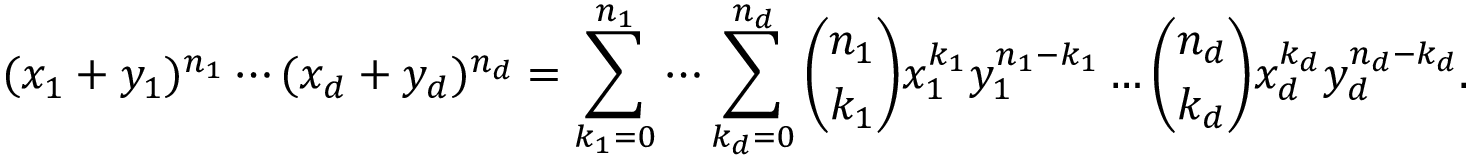
( x _ { 1 } + y _ { 1 } ) ^ { n _ { 1 } } \dotsm ( x _ { d } + y _ { d } ) ^ { n _ { d } } = \sum _ { k _ { 1 } = 0 } ^ { n _ { 1 } } \dotsm \sum _ { k _ { d } = 0 } ^ { n _ { d } } { \binom { n _ { 1 } } { k _ { 1 } } } x _ { 1 } ^ { k _ { 1 } } y _ { 1 } ^ { n _ { 1 } - k _ { 1 } } \dotsc { \binom { n _ { d } } { k _ { d } } } x _ { d } ^ { k _ { d } } y _ { d } ^ { n _ { d } - k _ { d } } .